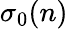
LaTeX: \sigma_{0}(n)